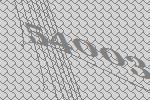
54003